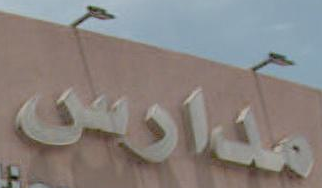
مدارس